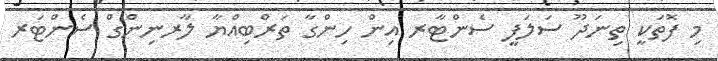
މި ފޮތަކީ ތިނަދޫ ސަލަފީ ސެންޓާރ އިން ހިންގާ ތަރްބިއްޔާ ލާރނިންގް ސެންޓަރ